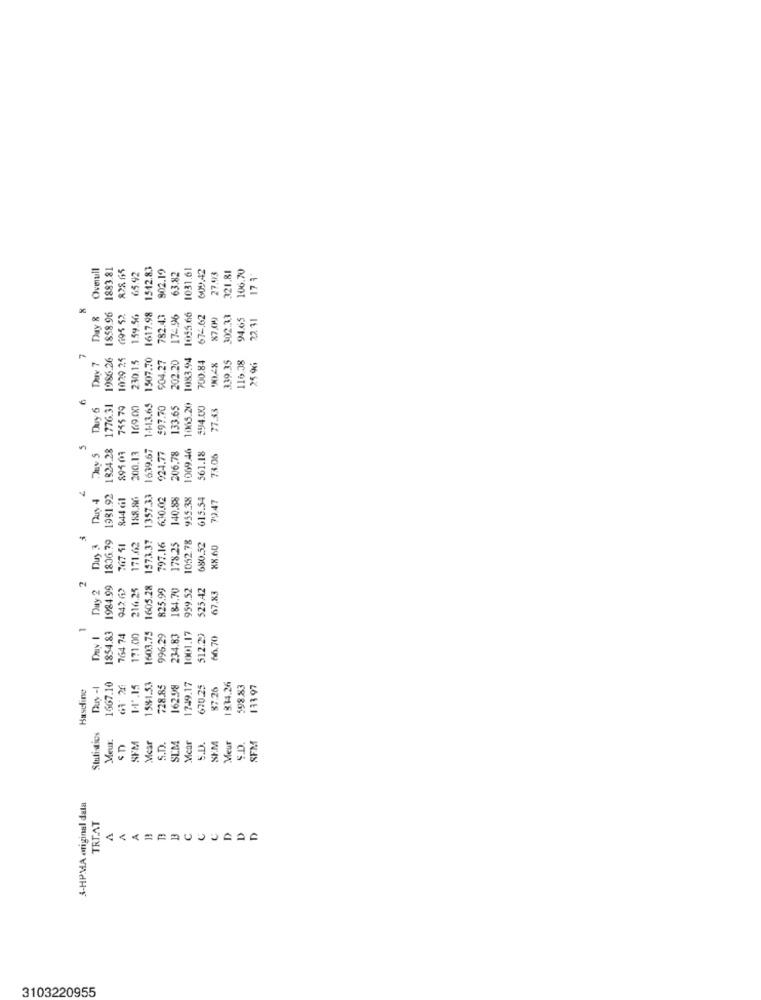
Overall
1883.81
828 65
1512.83
802.19
1031.61
609:42
321.81
65.92
53.82
27.43
17 4
8
Day &
1858.96
159.56
1617.98
782.4.3
172,96
1055.66
674.62
87.099
302.33
94.65
22.11
1776.31 1986.26
1029 24
230.15
1507.70
202.20
1083.94
700.84
339.35
116.38
Dav 7
904.27
Duy 6
745 79
169.00
1-1-13.65
597.70
133.65
1065.20
554.00)
77.83
Days
1824.28
200.13
1639.67
924.77
1069.46
895.04
206.78
561.18
73.06
1357.33
1984.99 1806.79 1981.92
844 cl
158.80
6.10.02
140.88
955.38
615.54
7947
2
1573.37
797.16
1052.78
-
Duy 3
171.62
178.25
680.52
88.60
Day 2
1984.99
942 72
216.25
1605.28
825.99
184.70
959.52
525 A2
67.83
1854.83
764 74
171.00
1603.75
996.29
234.83
1001.17
512.2)
66.70
Haseling
1667.10
1.4 *. 15
15$1.53
728.85
162.98
1749.17
670.25
87.26
1334.26
598.83
13397
Statistics
Meus.
SFM
Mcar
S.D.
SLM
Mear
5.D.
SEM
Meut
SFM
3-HPMA original data
TREAT
D
3103220955